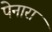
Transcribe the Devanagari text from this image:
पेनारा